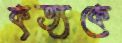
কৃত্যকে